65_HS1-834228961_62-HQ-83894_Section_6
Agency: FBI
Page 205
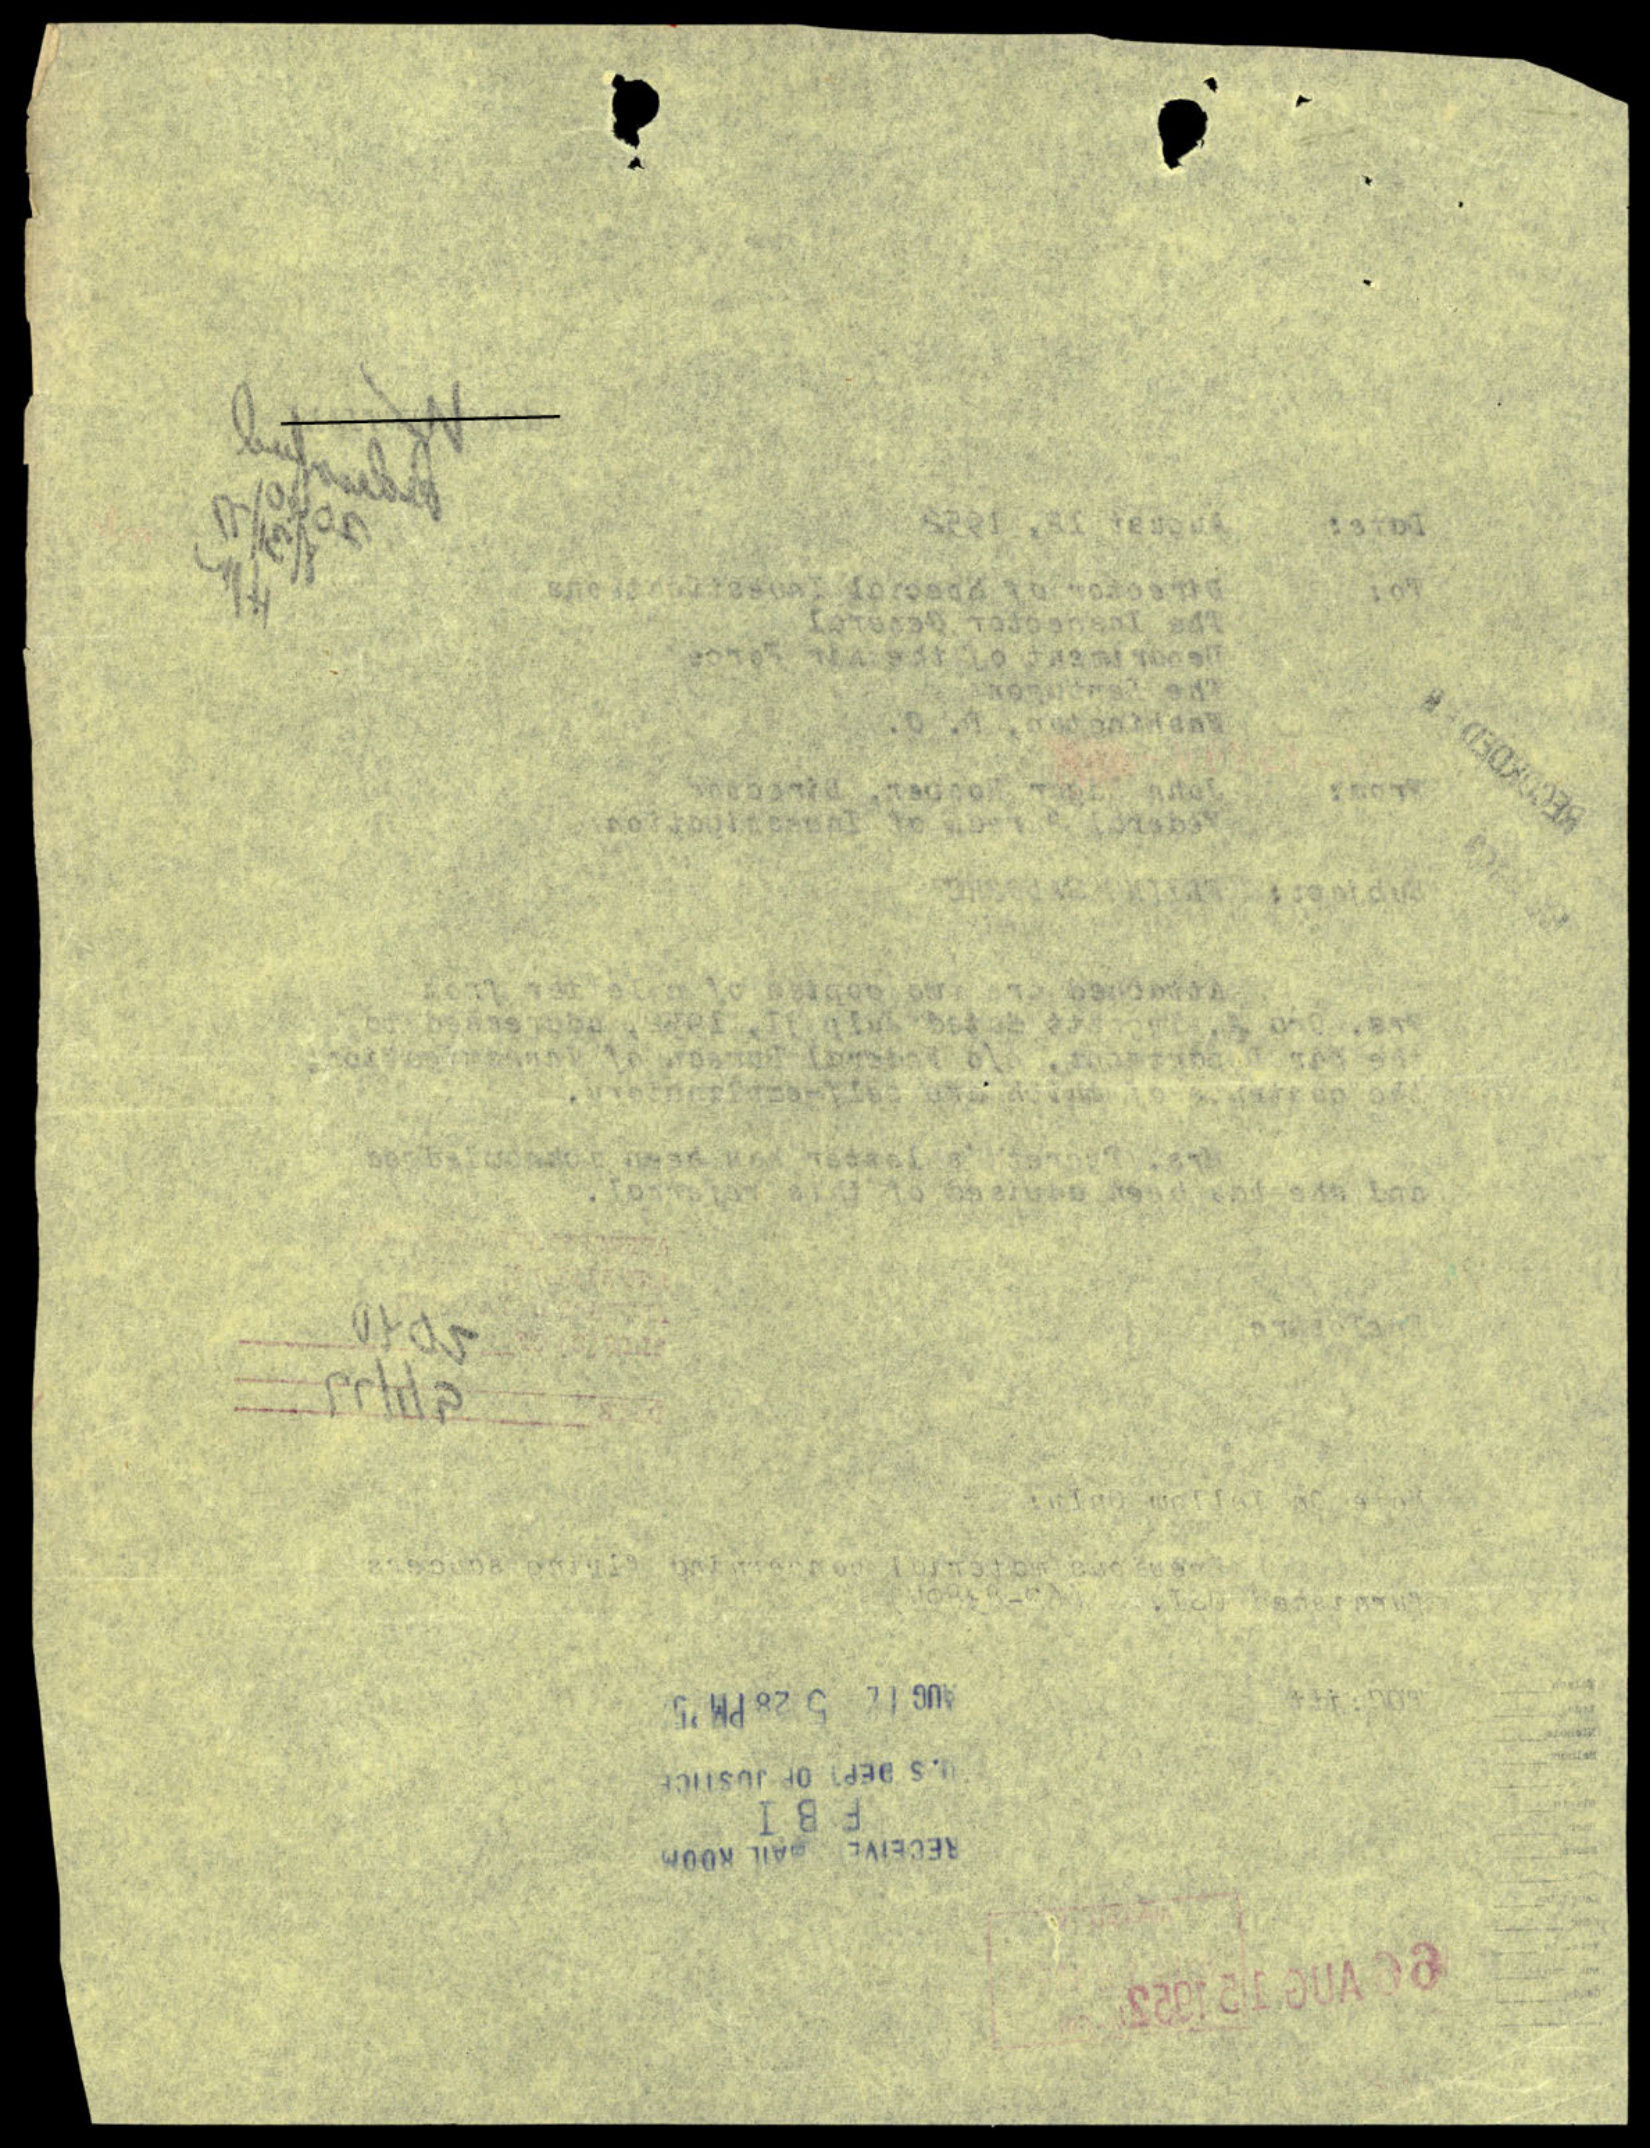